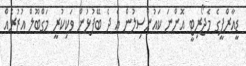
ޑީއާރްޕީގެ މެޖޯރިޓީ އޮންނަ ކައުންސިލުން އެ ދެ ބޭފުޅުން ވަކިކުރީ މަގްބޫލް އުޒުރެއް